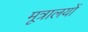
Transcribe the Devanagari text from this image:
मूत्रालयों